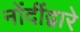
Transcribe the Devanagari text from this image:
नोंदींद्वारे